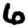
Digit: 6